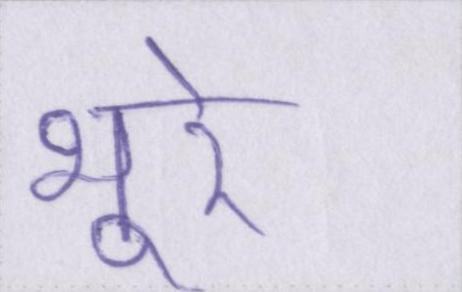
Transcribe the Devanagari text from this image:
भूरे